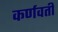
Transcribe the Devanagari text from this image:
कर्णवर्ती